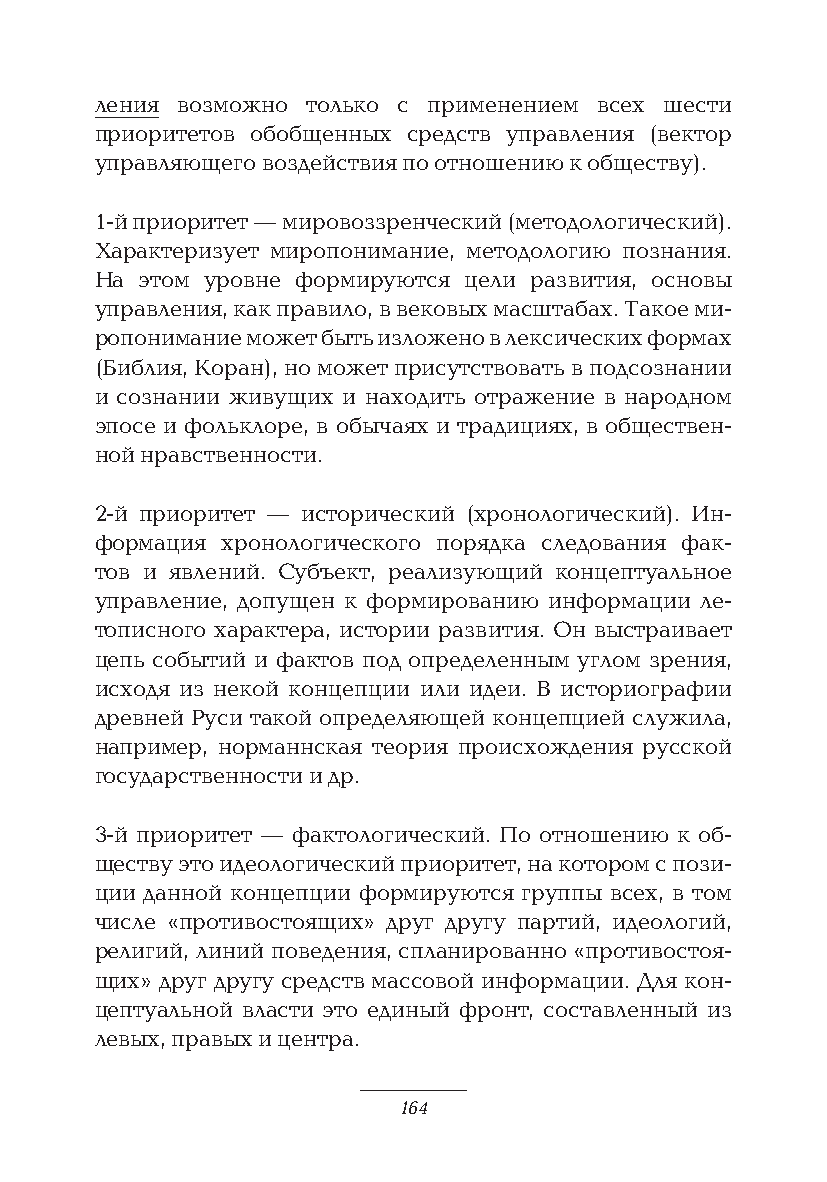
ления возможно только с применением всех шести
 приоритетов обобщенных средств управления (вектор
 управляющего воздействия по отношению к обществу).
 1-й приоритет — мировоззренческий (методологический).
 Характеризует миропонимание, методологию познания.
 На этом уровне формируются цели развития, основы
 управления, как правило, в вековых масштабах. Такое ми-
 ропонимание может быть изложено в лексических формах
 (Библия, Коран), но может присутствовать в подсознании
 и сознании живущих и находить отражение в народном
 эпосе и фольклоре, в обычаях и традициях, в обществен-
 ной нравственности.
 2-й приоритет — исторический (хронологический). Ин-
 формация хронологического порядка следования фак-
 тов и явлений. Субъект, реализующий концептуальное
 управление, допущен к формированию информации ле-
 тописного характера, истории развития. Он выстраивает
 цепь событий и фактов под определенным углом зрения,
 исходя из некой концепции или идеи. В историографии
 древней Руси такой определяющей концепцией служила,
 например, норманнская теория происхождения русской
 государственности и др.
 3-й приоритет — фактологический. По отношению к об-
 ществу это идеологический приоритет, на котором с пози-
 ции данной концепции формируются группы всех, в том
 числе «противостоящих» друг другу партий, идеологий,
 религий, линий поведения, спланированно «противостоя-
 щих» друг другу средств массовой информации. Для кон-
 цептуальной власти это единый фронт, составленный из
 левых, правых и центра.
 164